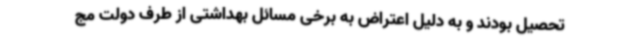
تحصیل بودند و به دلیل اعتراض به برخی مسائل بهداشتی از طرف دولت مج